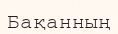
Бақанның